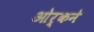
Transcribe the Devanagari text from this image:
ओर्कने